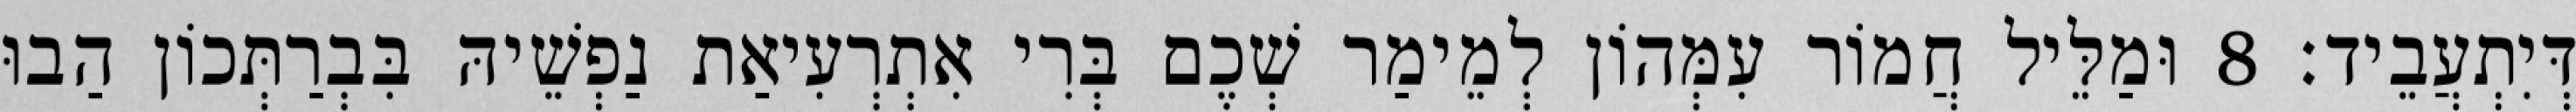
דְּיִתְעֲבֵיד׃ 8 וּמַלֵּיל חֲמוֹר עִמְּהוֹן לְמֵימַר שְׁכֶם בְּרִי אִתְרְעִיאַת נַפְשֵׁיהּ בִּבְרַתְּכוֹן הַבוּ